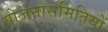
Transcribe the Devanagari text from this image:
योजनासमितियों